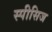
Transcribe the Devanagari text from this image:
स्पीसिज